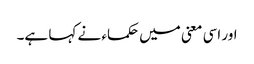
اور اسی معنی میں حکماء نے کہا ہے۔